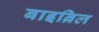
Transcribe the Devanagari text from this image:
बाइब्रिल